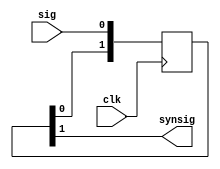
module synchronizer#(parameter N=2)( 
	input clk, sig,
	output synsig
);
	reg [N-1:0] buffer;
	assign synsig = buffer[N-1];
	always @(posedge clk)
	buffer <= {buffer[N-2:0], sig};
endmodule